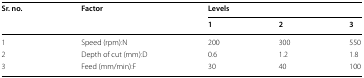
| <ROWSPAN=2> Sr. no. | <ROWSPAN=2> Factor | <COLSPAN=3> Levels |
 | 1 | 2 | 3 |
 | --- | --- | --- | --- | --- |
 | 1 | Speed (rpm):N | 200 | 300 | 550 |
 | 2 | Depth of cut (mm):D | 0.6 | 1.2 | 1.8 |
 | 3 | Feed (mm/min):F | 30 | 40 | 100 |